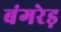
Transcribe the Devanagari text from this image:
बंगरेड़